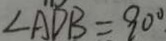
\angle A D B = 9 0 ^ { \circ }